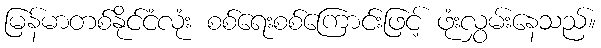
မြန်မာတစ်နိုင်ငံလုံး စစ်ရေးစစ်ကြောင်းဖြင့် ဖုံးလွှမ်းနေသည်။